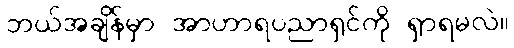
ဘယ်အချိန်မှာ အာဟာရပညာရှင်ကို ရှာရမလဲ။